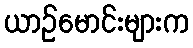
ယာဉ်မောင်းများက